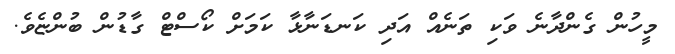
މީހުން ގެންދާނެ ވަކި ތަނެއް އަދި ކަނޑަނާޅާ ކަމަށް ކޯސްޓް ގާޑުން ބުންޏެވެ.